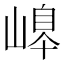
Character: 𡻆